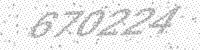
Solution: 670224